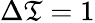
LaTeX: \Delta\mathfrak{T}=1